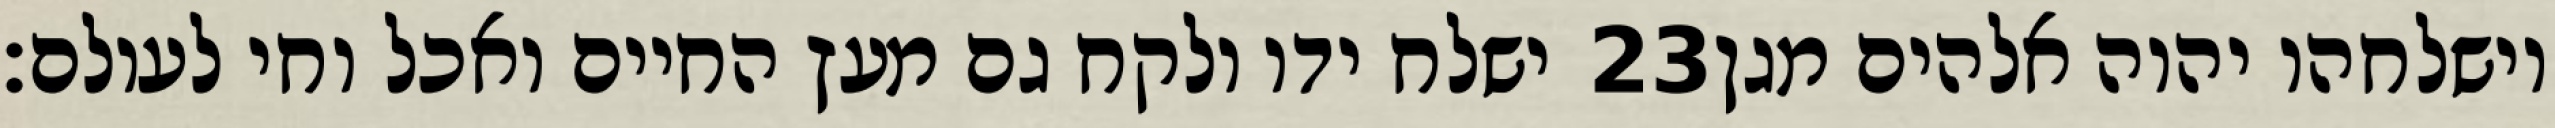
ישלח ידו ולקח גם מעץ החיים ואכל וחי לעולם׃ ‎23‏ וישלחהו יהוה אלהים מגן